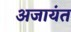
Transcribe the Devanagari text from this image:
अजायंत